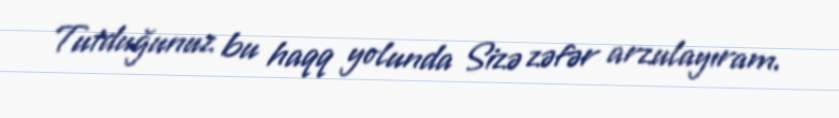
Tutduğunuz bu haqq yolunda Sizə zəfər arzulayıram.